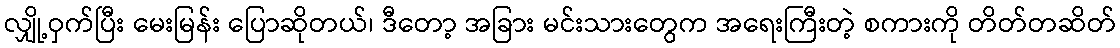
လျှို့ဝှက်ပြီး မေးမြန်း ပြောဆိုတယ်၊ ဒီတော့ အခြား မင်းသားတွေက အရေးကြီးတဲ့ စကားကို တိတ်တဆိတ်